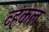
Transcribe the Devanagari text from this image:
व्हंकल